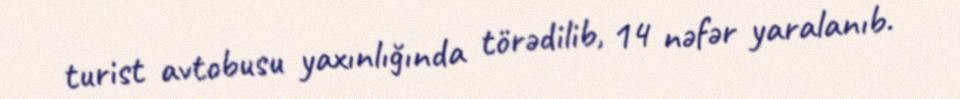
turist avtobusu yaxınlığında törədilib, 14 nəfər yaralanıb.